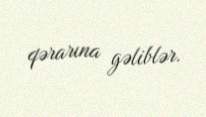
qərarına gəliblər.